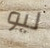
ليو